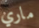
ماري